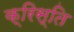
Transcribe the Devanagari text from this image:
क्रिस्ति